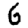
Digit: 6